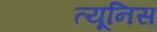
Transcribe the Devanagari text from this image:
त्यूनिस